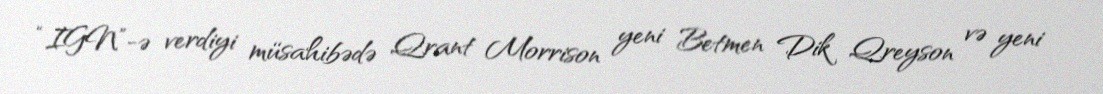
“IGN”-ə verdiyi müsahibədə Qrant Morrison yeni Betmen Dik Qreyson və yeni